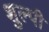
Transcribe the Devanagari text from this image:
शुल्पी